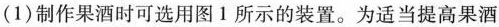
(1)制作果酒时可选用图1所示的装置。为适当提高果酒